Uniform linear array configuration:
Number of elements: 64
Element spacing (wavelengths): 0.75
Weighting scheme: kaiser
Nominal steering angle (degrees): -30
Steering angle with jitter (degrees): -30.981
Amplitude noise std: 0.05
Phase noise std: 0.05

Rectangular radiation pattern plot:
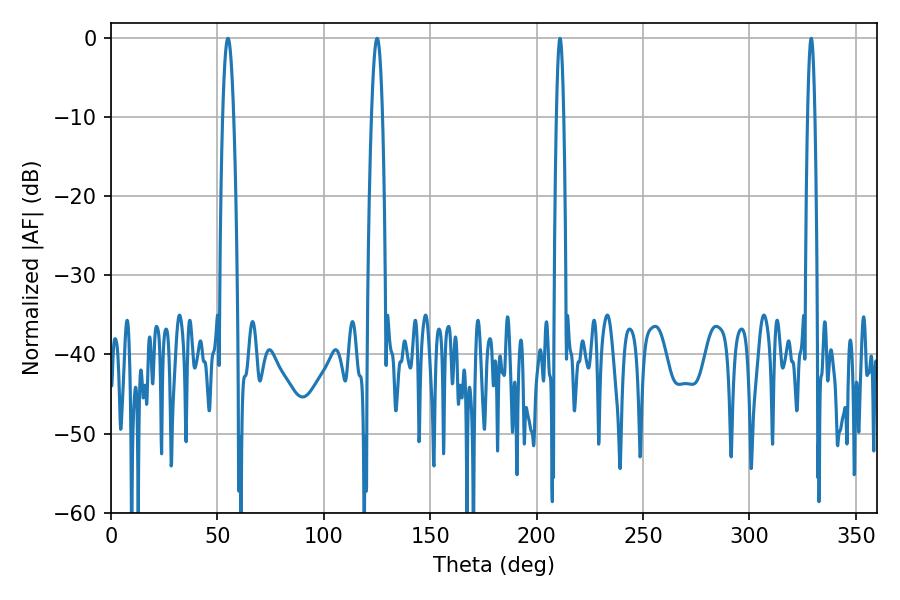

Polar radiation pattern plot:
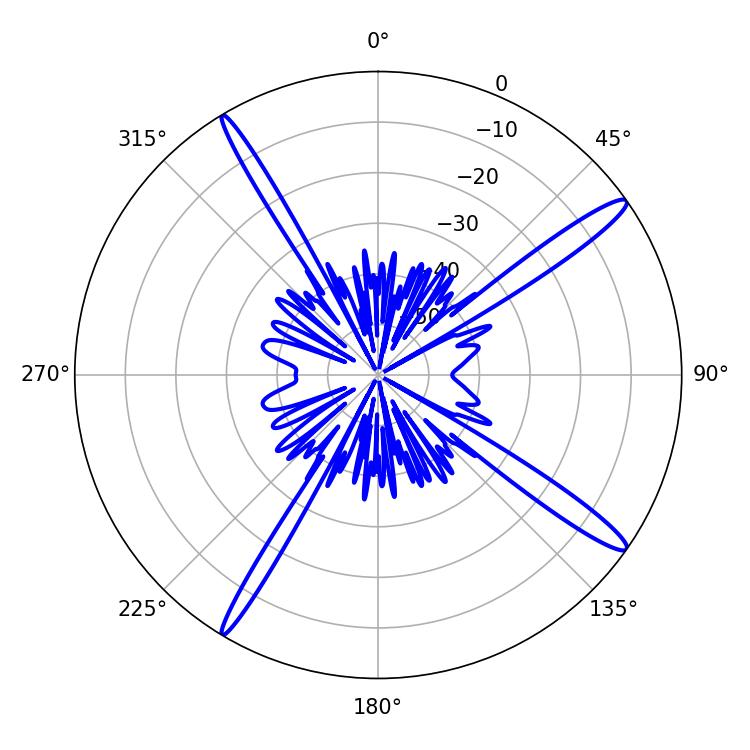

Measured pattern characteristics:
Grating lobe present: TRUE
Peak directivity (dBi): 15.899
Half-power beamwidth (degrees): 1.8
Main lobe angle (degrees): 210.96